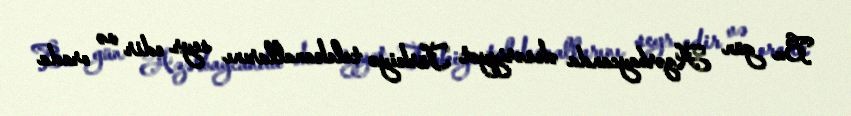
Bu gün Azərbaycanda əksəriyyət Türkiyə telekanallarını seyr edir və orada